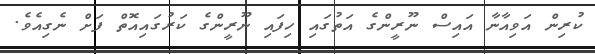
ކުރިން އަވިއާނާ އައިސް ނޫރީންގެ އަތުގައި ހިފައި ނޫރީންގެ ކަރުގައިއޮތް ފަށް ނެގިއެވެ.